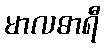
မာလဓာရီ